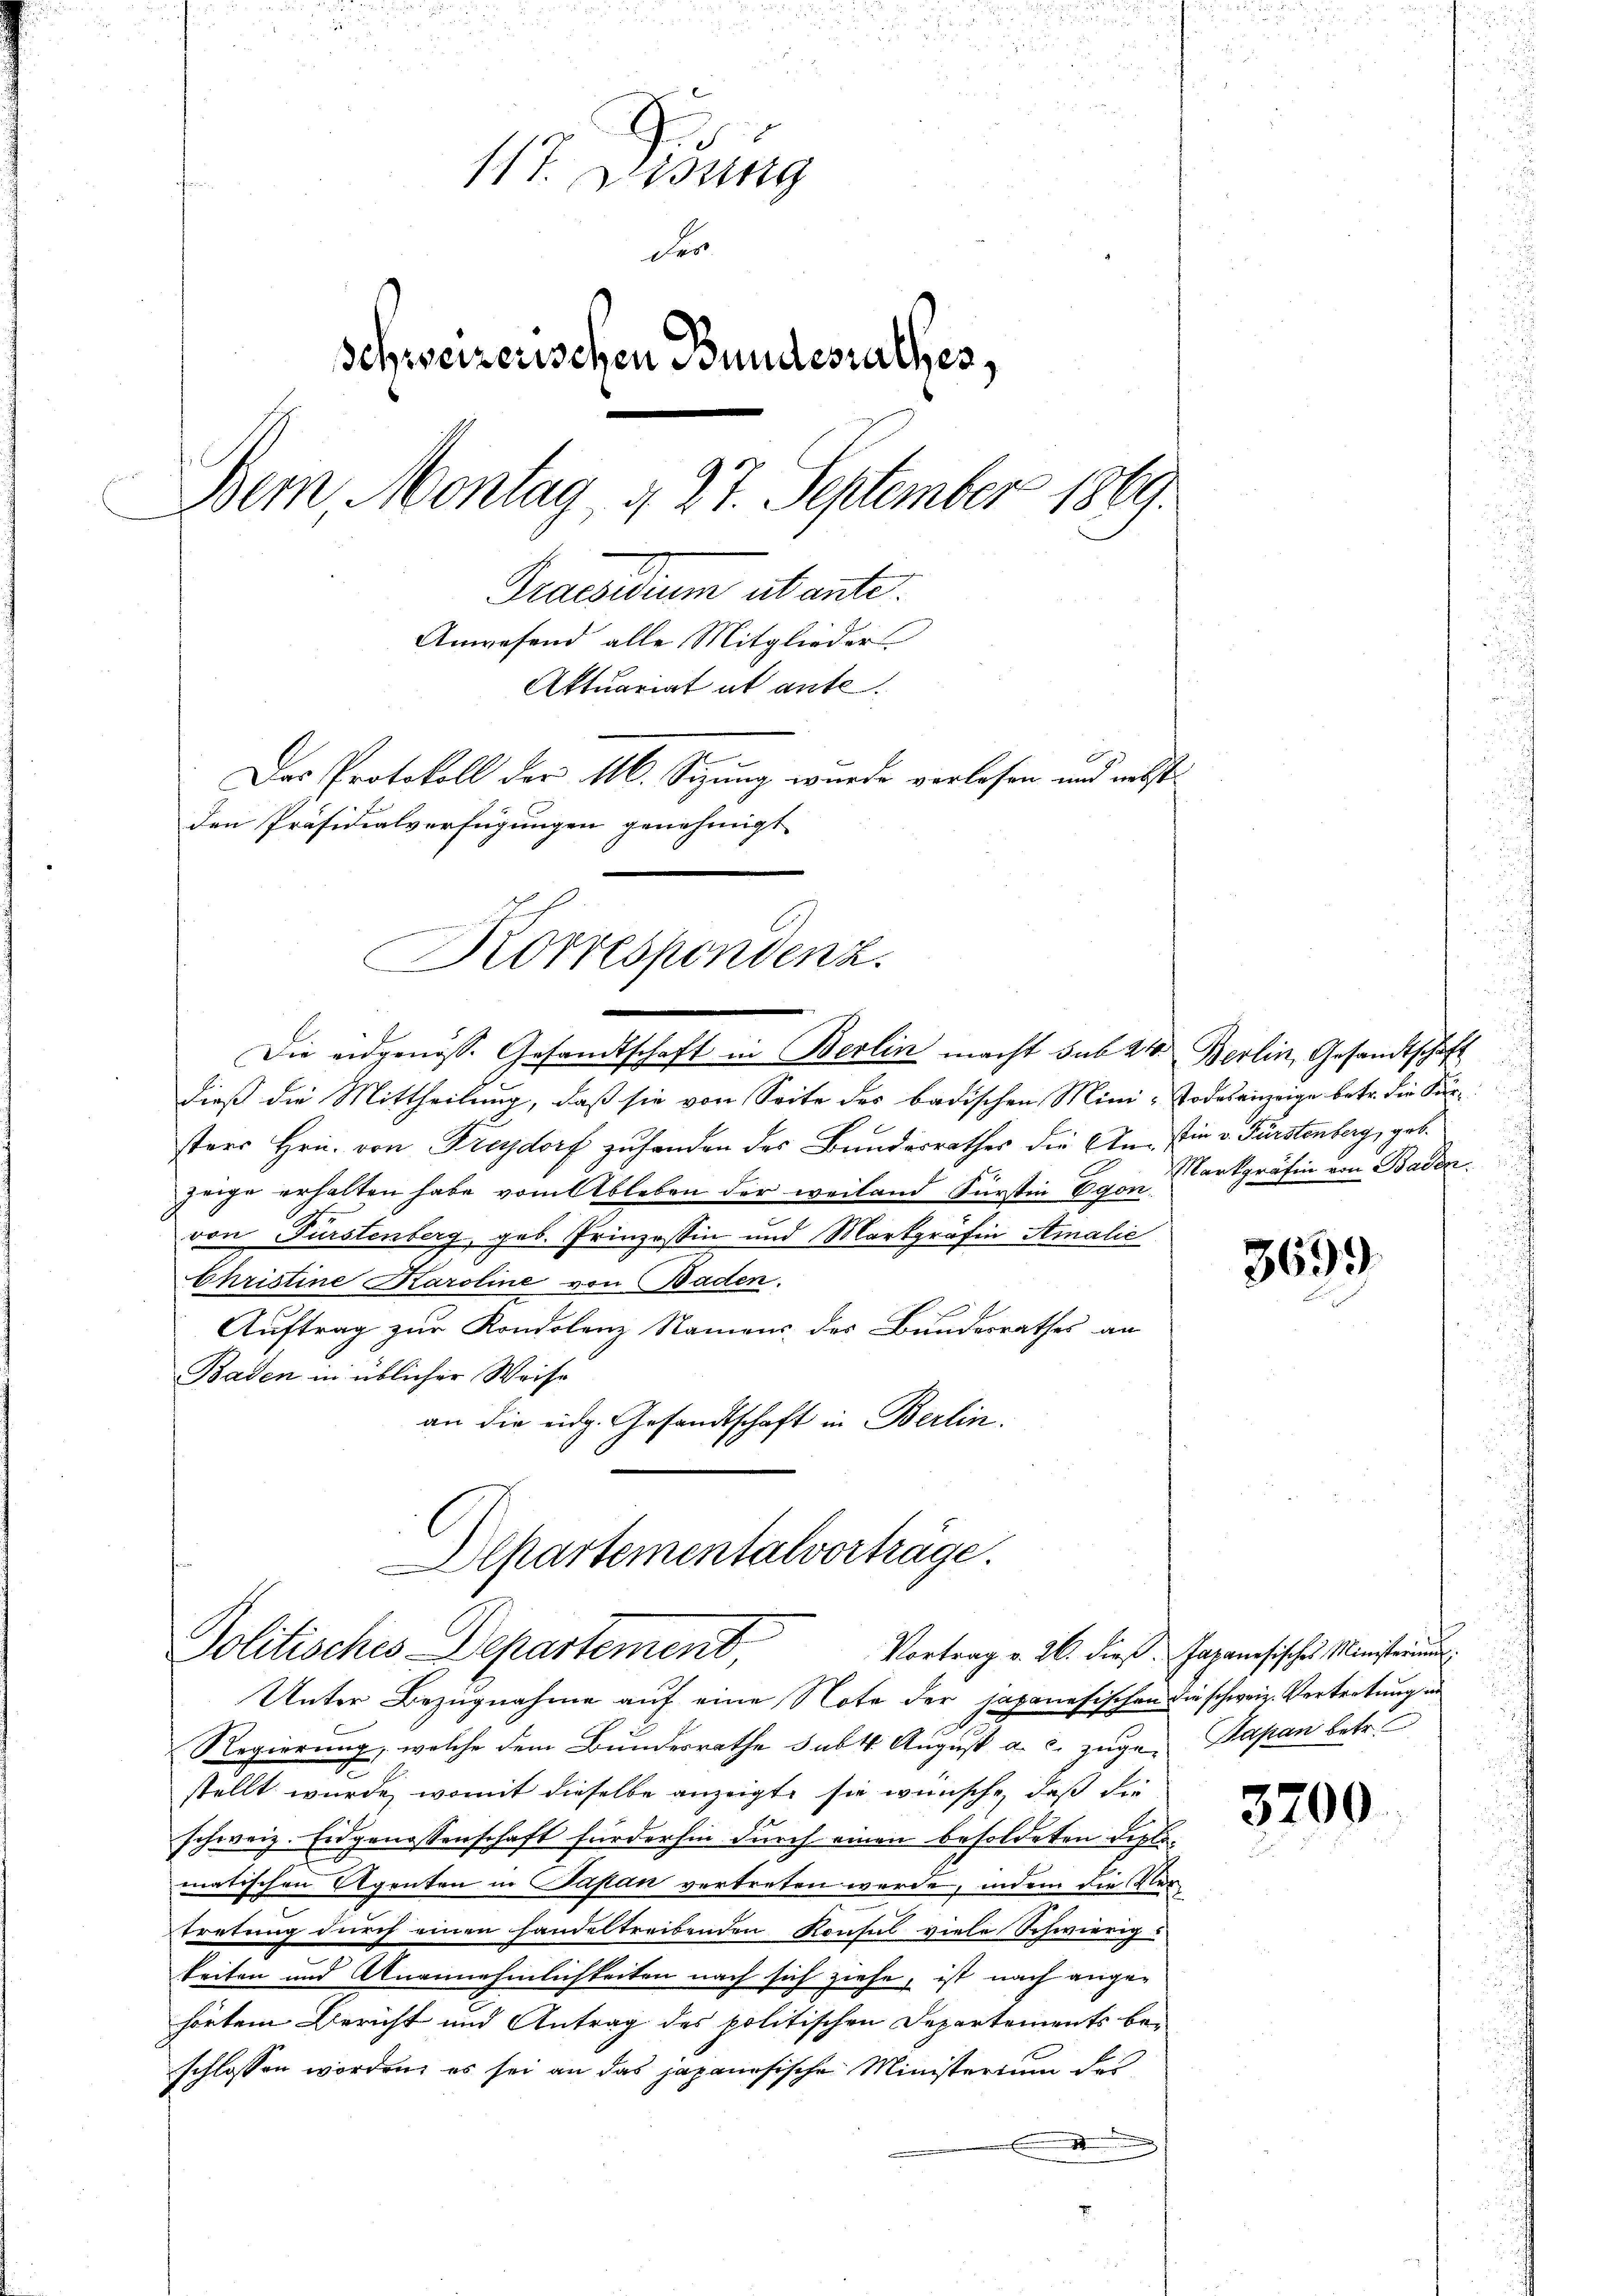
d
117. Desung
der
schweizerischen Bundesrathes,
Dem Montag, d. 27. September 1869.
Praesidium abante.
Anwesend alle Mitglieder
Aktuariat ut ante
Das Protokoll der 116. Sitzung wurde vorlesen und nebst
den Präsidialverfügungen genehmigt

Korrespondenz.

Die eidgenöss. Gesandtschaft in Berlin macht sub 21
dieß die Mittheilung, daß sie von Seite des badischen Mini- Todesanzeige betr. die Körsters Hrn. von Fredorf zuhanden des Banderrathes die An- Ein v. Fürstenberg, geb.
zeige erhalten habe vom Ableben der weiland Fürstin Egonvon Fürstenberg, geb. Prinzessin und Markgräfin Amalić
Christine Karoline von Baden.
Auftrag zur Kondolenz Namens des Bundesrathes an
Baden in üblicher Weise
an die eidg. Gesandtschaft in Berlin.
Departementalverträge.

Politisches Departement,

Unter Bezugnahme auf eine Note der japanesischen die schweiz. Vertretung in
Regierung, welche dem Bundesrathe subt. August a. c. zuge Japan betr.
stellt wurde, womit dieselbe anzeigte sie wünsche, daß die
schweiz. Eidgenossenschaft fürderhin durch einen besoldeten Diplo
matischen Agenten in Japan vertreten werde, indem die Vertretung durch einen handeltreibenden Konsul viele Schwierig-
keiten und Anannehmlichkeiten nach sich ziehe, ist nach ange-
hörtem Bericht und Antrag des politischen Departements be-
schlossen worden, es sei an das japanesische Ministerium des
d
.

Berlin, Gesandtschaft
Markgräfin von Baden.

3699

Vortrag v. 26. dieß Japanesisches Ministerium

3200